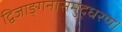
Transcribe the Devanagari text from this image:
द्विजाङ्गनासमुद्धरण।